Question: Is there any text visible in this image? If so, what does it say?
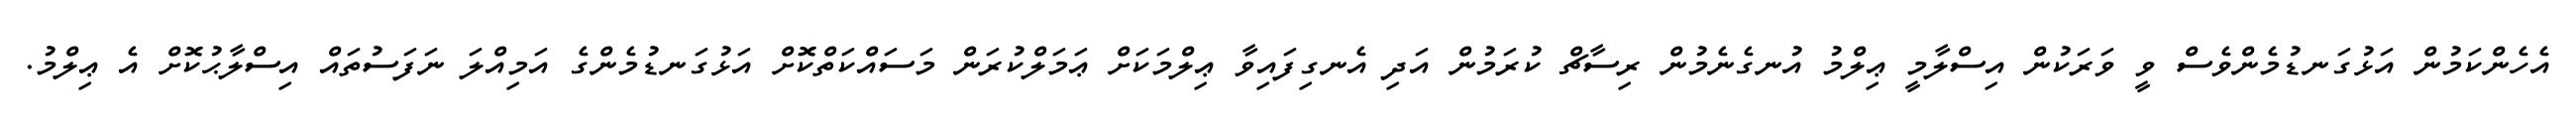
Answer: އެހެންކަމުން އަޅުގަނޑުމެންވެސް ވީ ވަރަކުން އިސްލާމީ ޢިލްމު އުނގެނެމުން ރިސާޗް ކުރަމުން އަދި އެނގިފައިވާ ޢިލްމަކަށް ޢަމަލްކުރަން މަސައްކަތްކޮށް އަޅުގަނޑުމެންގެ އަމިއްލަ ނަފަސުތައް އިސްލާޙުކޮށް އެ ޢިލްމު.